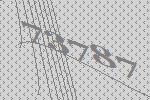
73787